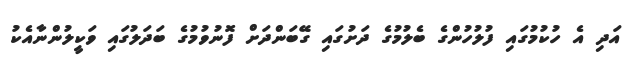
އަދި އެ ހުކުމުގައި ފުލުހުންގެ ބެލުމުގެ ދަށުގައި ގޭބަންދަށް ފޮނުވުމުގެ ބަދަލުގައި ވަކީލުންނާއެކު